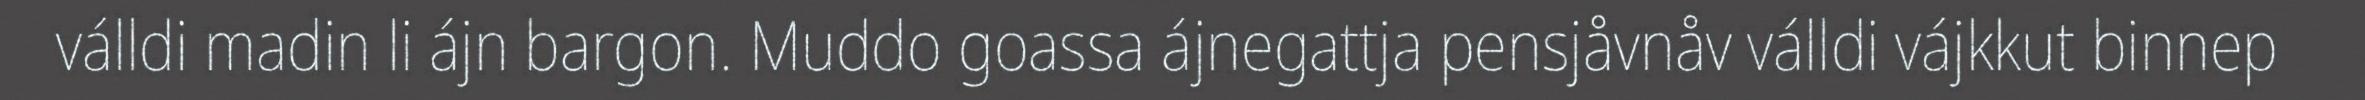
válldi madin li ájn bargon. Muddo goassa ájnegattja pensjåvnåv válldi vájkkut binnep